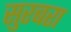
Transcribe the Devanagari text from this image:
सुरबरा